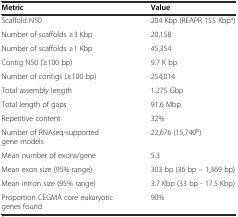
| Metric | Value |
 | --- | --- |
 | Scaffold N50 | 204 Kbp (REAPR 155 Kbpa) |
 | Number of scaffolds ≥3 Kbp | 20,158 |
 | Number of scaffolds ≥1 Kbp | 45,354 |
 | Contig N50 (≥100 bp) | 9.7 K bp |
 | Number of contigs (≥100 bp) | 254,014 |
 | Total assembly length | 1.275 Gbp |
 | Total length of gaps | 91.6 Mbp |
 | Repetitive content | 32% |
 | Number of RNAseq-supported gene models | 22,676 (15,740b) |
 | Mean number of exons/gene | 5.3 |
 | Mean exon size (95% range) | 303 bp (36 bp – 1,369 bp) |
 | Mean intron size (95% range) | 3.7 Kbp (33 bp - 17.5 Kbp) |
 | Proportion CEGMA core eukaryotic genes found | 90% |